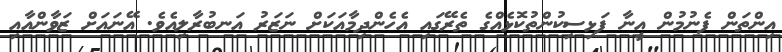
އިންތަން ފެނުމުން އީނާ ފަޅިސިކުންތުކޮޅެއްގެ ތެރޭގައި އެހެންދިމާއަކަށް ނަޒަރު އަނބުރާލިއެވެ. އޭނައަށް ޒަވާންއާއި